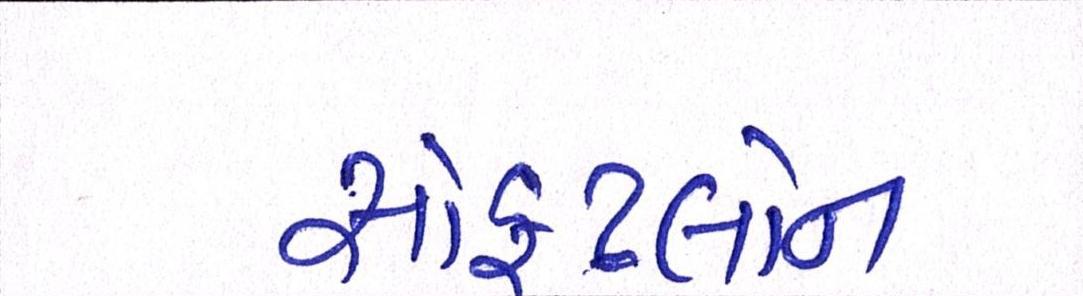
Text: સોફટલોન